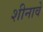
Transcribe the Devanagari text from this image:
शीनावे